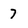
Character: 7